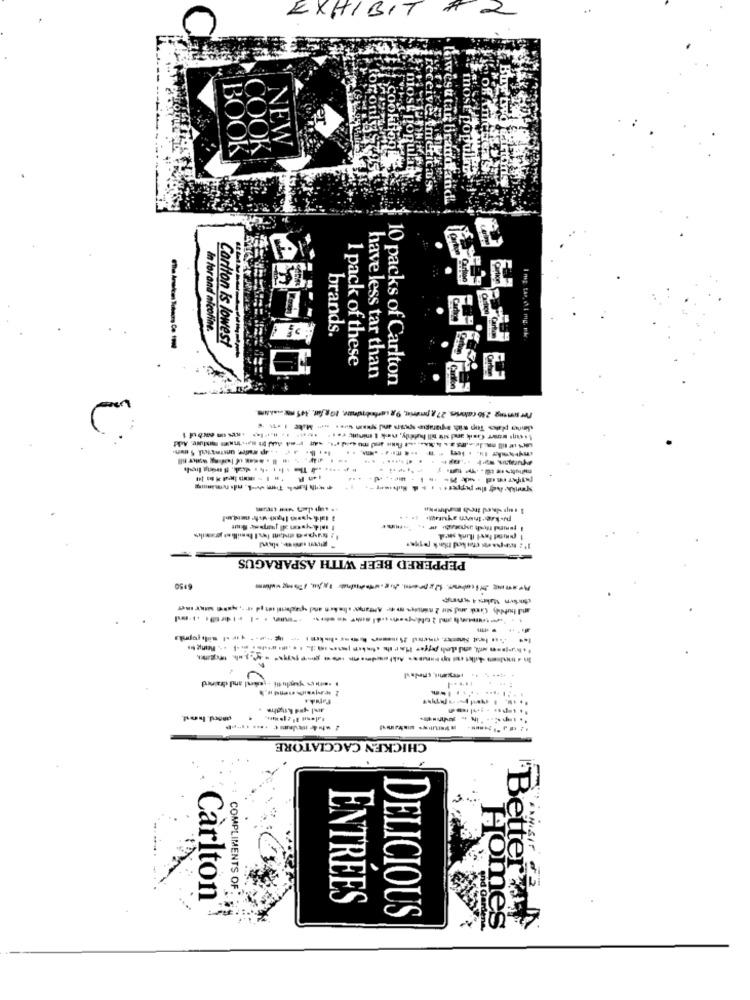
EXHIBIT # 2
NEW
COOK
BOOK
popul
utan brandand
Carlkr
in for and nicofine.
brands.
Carlton is lowest
1 pack of these
have less tar than
10 packs of Carlton
Per sentg 236 calories 27 a prioriet, 9g carbobunun, 20g far. 345 m ..... Am
1
PEPPERED BEEF WITH ASPARAGUS
6,50
- ----------------
CHICKEN CACCIATORE
COMPLIMENTS OF
injust da
Carlton
ENTRÉES
DELICIOUS
Home's
Better'